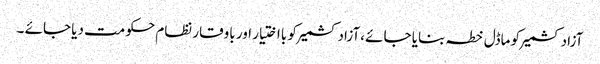
آزادکشمیر کو ماڈل خطہ بنایا جائے ،آزادکشمیر کو بااختیار اور باوقار نظام حکومت دیا جائے ۔